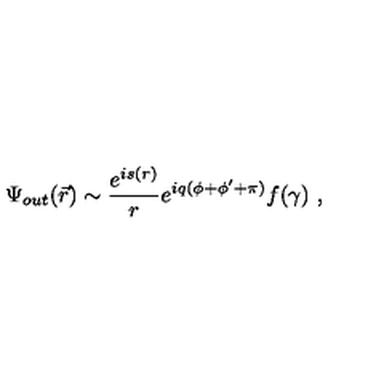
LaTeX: \Psi _ { o u t } ( \vec { r } ) \sim \frac { e ^ { i s ( r ) } } r e ^ { i q ( \phi + \phi ^ { \prime } + \pi ) } f ( \gamma ) \ ,